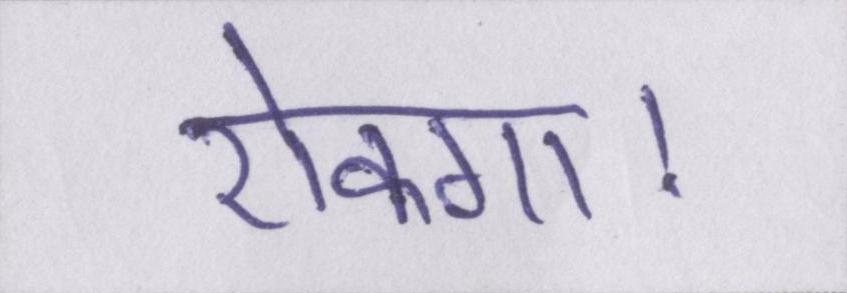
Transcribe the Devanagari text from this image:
रोकगा।